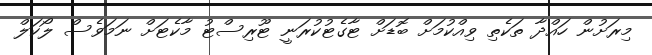
މިރަށުން ހައްދާ ތަކެތި ވިއްކުމަށް ބޮޑަށް ޓާގެޓުކުރަނީ ޓޫރިސްޓު މާކެޓަށް ނަމަވެސް ލޯކަލް